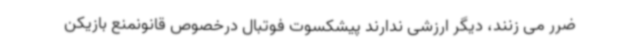
ضرر می زنند، دیگر ارزشی ندارند پیشکسوت فوتبال درخصوص قانونمنع بازیکن